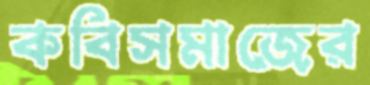
কবিসমাজের